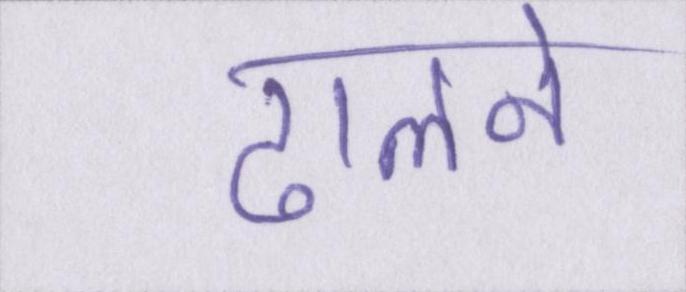
ढालने